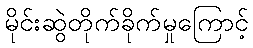
မိုင်းဆွဲတိုက်ခိုက်မှုကြောင့်